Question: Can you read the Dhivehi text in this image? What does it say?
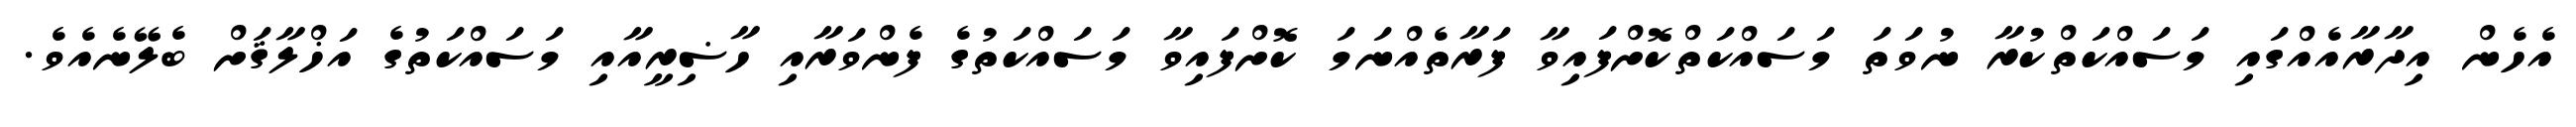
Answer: އެހެން އިދާރާއެއްގައި މަސައްކަތްކުރާ ނުވަތަ މަސައްކަތްކޮށްފައިވާ ފަރާތެއްނަމަ ކޮށްފައިވާ މަސައްކަތުގެ ފެންވަރާއި ހާޟިރީއާއި މަސައްކަތުގެ އަޚްލާޤަށް ބެލޭނެއެވެ.